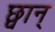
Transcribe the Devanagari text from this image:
छ्वान्